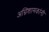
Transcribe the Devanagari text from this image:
अग्निशामकांनी